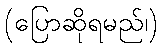
(ပြောဆိုရမည်၊)